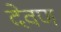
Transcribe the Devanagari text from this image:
देवण